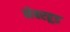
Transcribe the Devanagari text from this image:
नेबरहूड